Veterinary [1904] -
Year: 1904
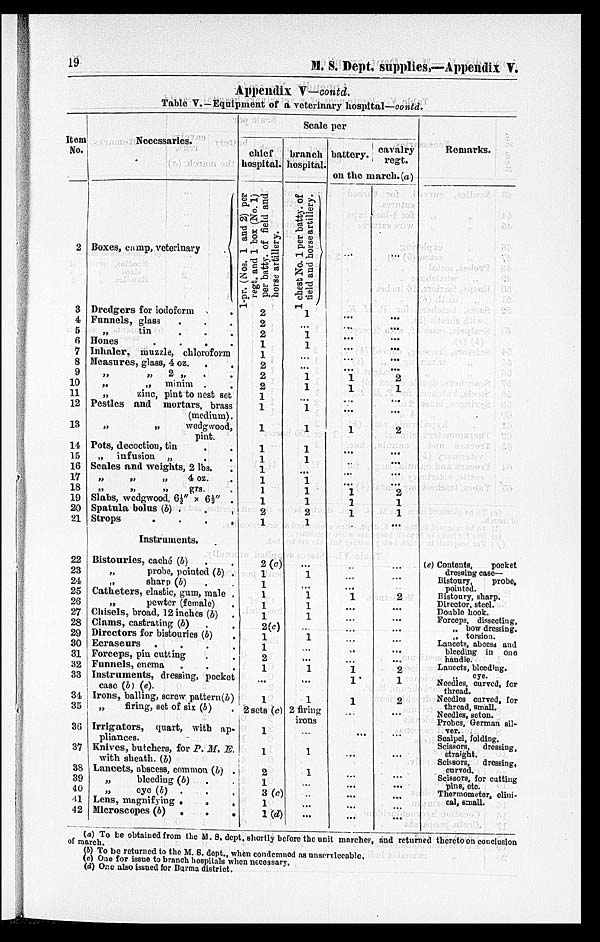
19
M. S. Dept. supplies,—Appendix V.
Appendix V—contd.
Table V.—Equipment of a veterinary hospital—contd.
Item
No.
2
3
4
5
6
7
8
9
10
11
12
13
14
15
16
17
18
19
20
21
22
23
24
25
26
27
28
29
30
31
32
33
34
35
36
37
38
39
40
41
42
Necessaries.
Boxes, camp, veterinary
Dredgers for iodoform .
Funnels, glass . .
„
tin
.
.
.
Hones
.
.
.
.
Inhaler, muzzle, chloroform
Measures, glass, 4 oz. . .
„ „ 2 „ . .
„
„ minim . .
„
zinc, pint to nest set
Pestles and mortars, brass
(medium).
„
„
wedgwood,
pint.
Pots, decoction, tin . .
„ infusion „
.
.
Scales and weights, 2 lbs.
„
„
„
4. oz. .
„
„
„
grs. .
Slabs, wedgwood, 6½" × 6½" .
Spatula bolus (b) .
.
Strops
.
.
.
.
Instruments.
Bistouries, caché (b)
„
probe, pointed (b)
„ sharp (b)
Catheters, elastic, gum, male
„
pewter (female)
Chisels, broad, 12 inches (b)
Clams, castrating (b)
Directors for bistouries (b)
Ecraseurs . . .
Forceps, pin cutting .
Funnels, enema . .
Instruments, dressing, pocket
case (b) (e).
Irons, balling, screw paltern(b)
„ firing, set of six (b)
Irrigators, quart, with ap-
pliances.
Knives, butchers, for P. M. E
with sheath. (b)
Lancets, abscess, common (b)
„
bleeding (b)
„
eye (b) . .
Lens, magnifying .
Microscopes (b) .
Scale per
chief
hospital.
1-pr. (Nos
1 and 2) per
regt.
and 1 box (No. 1)
per batty. of field and
horse artillery.
2
2
2
1
1
2
2
2
1
1
1
1
1
1
1
1
1
2
1
2 (c)
1
1
1
1
1
2(c)
1
1
2
1
...
1
2 sets
(c)
1
1
2
1
3 (c)
1
1
(d)
branch
hospital.
1 cheast No. 1 per battey of
field and borseartillery.
1
...
1 1
...
...
1
1
...
1
1
1
1
...
1
1
1
2
1
...
1
...
1 1
1
...
1
...
...
1
...
...
2 firing
iron
...
1
1
...
...
...
...
battery.
cavalry
regt.
on the march.(a)
...
...
...
...
...
...
...
1 1
...
...
1
...
...
...
...
1
1
1
...
...
...
1
...
...
...
...
...
...
1 1
1
...
...
...
...
...
...
...
...
...
...
...
...
...
... ...
2
1
...
...
2
...
...
...
...
2
1
1
...
...
...
...
2
...
...
...
...
...
...
2
1
2
...
...
...
...
...
...
...
...
Remarks.
(e) Contents,
pocket
dressing case—
Bistoury,
probe,
pointed.
Bistoury, sharp.
Director, steel.
Double hook.
Forceps, dissecting.
„ bow dressing.
„
torsion.
Lancets, abeess and
bleeding in one
handle.
Lancets, bleeding.
eye.
Needles, curved, for
thread.
Needles curved, for
thread, small.
Needles, seton.
Probes, German sil-
ver. Scalpel, folding.
Scissors, dressing,
straight.
Scissors, dressing,
curved. Scissors for cutting
pins, etc.
Thermometor, clini-
cal, small.
(a) To be obtained from the M. S. dept. shortly before the unit marches, and returned thereto on conclusion
of march.
(b) To be returned to the M. S. dept., when condemned as unserviceable.
(c) One for issue to branch hospitals when necessary.
(d) One also issued for Burma district.